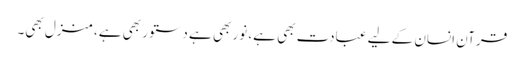
قرآن انسان کے لیے عبادت بھی ہے، نور بھی ہے دستور بھی ہے، منزل بھی۔